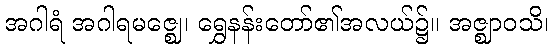
အဂါရံ အဂါရမဇ္ဈေ၊ ရွှေနန်းတော်၏အလယ်၌။ အဇ္ဈာဝသိ၊